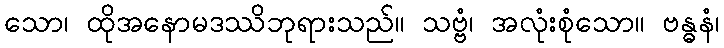
သော၊ ထိုအနောမဒဿိဘုရားသည်။ သဗ္ဗံ၊ အလုံးစုံသော။ ဗန္ဓနံ၊